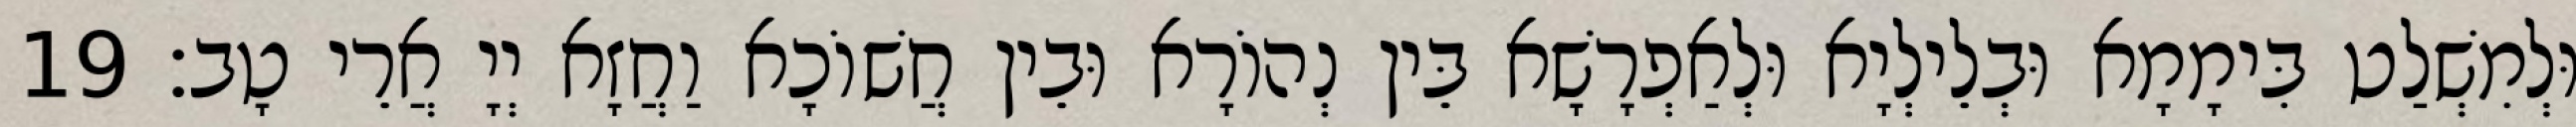
וּלְמִשְׁלַט בִּימָמָא וּבְלֵילְיָא וּלְאַפְרָשָׁא בֵּין נְהוֹרָא וּבֵין חֲשׁוֹכָא וַחֲזָא יְיָ אֲרֵי טָב׃ 19